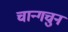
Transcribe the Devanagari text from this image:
चान्गचुन